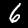
Digit: 6